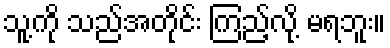
သူ့ကို သည်အတိုင်း ကြည့်လို့ မရဘူး။